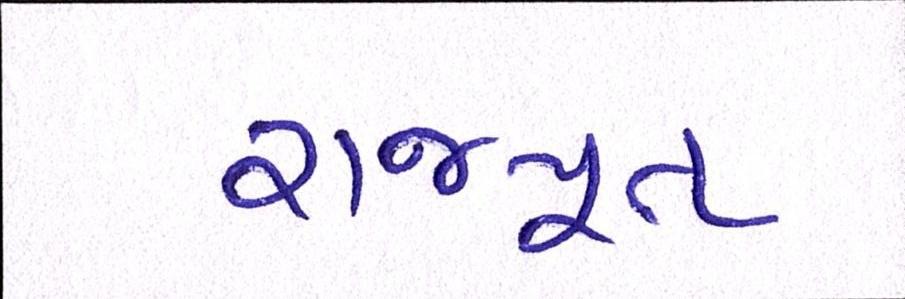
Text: રાજપૂત